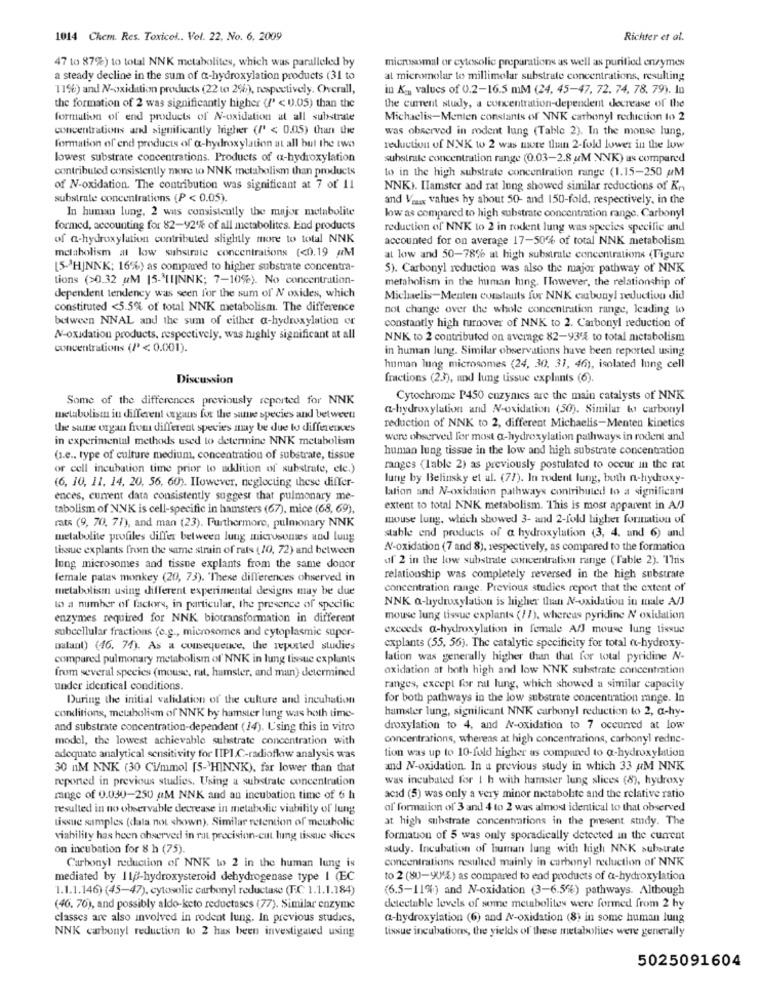
1014 Chem. Res. Toxicol .. Vol. 22, No. 6, 2009
Richter et al.
microsomal or cytosolic preparations as well as purified enzymes
47 to 87%) to total NNK metabolites, which was paralleled by
a steady decline in the sum of a-hydroxylation products (31 to
al micromolar to millimolar substrate concentrations, resulting
11%) and N-oxidation products (22 to 2%), respectively. Overall,
in K __ values of 0.2-16.5 mM (24, 45-47, 72. 74, 78. 79). In
the formation of 2 was significantly higher (/' < 0.05) than the
the current study, a concentration-dependent decrease of the
formation of end products of N-oxidation at all substrate
Michaelis-Menten constants of NNK carbonyl reduction to 2
concentrations and significantly higher (/' < 0.05) than the
was observed in rodent lung (Table 2). In the mouse lung,
formation of end products of a-hydroxylation at all but the two
reduction of NNK to 2 was more than 2-fold lower in the low
lowest substrate concentrations. Products of a-hydroxylation
substrate concentration range (0.03-2.8 uM NNK) as compared
contributed consistently more to NNK metabolism than products
to in the high substrate concentration range (1.15-250 AM
of N-oxidation. The contribution was significant at 7 of 11
NNKI. IIamster and rat lung showed similar reductions of Kn
substrate concentrations (P < 0.05).
and Veux values hy about 50- and 150-fold, respectively. in the
In human lung, 2 was consistently the major metabolite
low as compared to high substrate concentration range. Carbonyl
formed, accounting for 82-92% of all metabolites. End products
reduction of NNK to 2 in rodent lung was species specific and
of a-hydroxylation contributed slightly more to total NNK
accounted for on average 17-50% of total NNK metabolism
metabolism at loww substrate concentrations (<0.19 #M
at low and 50-78% at high substrate concentrations (Figure
[5-3HJNNK; 16%) as compared to higher substrate concentra-
5). Carbonyl reduction was also the major pathway of NNK
tions (>0.32 uM 15-MIIJNNK; 7-10%). No concentration-
metabolism in the human lung. However, the relationship of
dependent tendency was seen for the sum of N oxides, which
Michaelis-Menten constants for NNK cabunyl reduction did
constituted <5.5% of total NNK metabolism. The difference
not change over the whole concentration range, leading to
between NNAL and the sum of either a-hydroxylation or
constantly high turnover of NNK to 2. Carbonyl reduction of
N-oxidation products, respectively, was highly significant at all
NNK to 2 contributed on average 82-93% to total metabolism
concentrations (/' < 0.001).
in human lung. Similar observations have been reported using
human lung microsomes (24, 30, 31, 46), isolated lung cell
Discussion
fractions (23), and lung tissue explants (6).
Some of the differences previously reported for NNK
Cytochrome P450 enzymes are the main catalysts of NNK
a-hydroxylation and N-oxidation (50). Similar to carbonyl
metabolism in different organs for the sune species and between
the same organ from different species may be due to differences
reduction of NNK to 2, different Michaelis-Menten kinetics
in experimental methods used to determine NNK metabolism
were observed for most a-hydroxylation pathways in rodent and
human lung tissue in the low and high substrate concentration
(i.e ., type of culture medium, concentration of substrate, tissue
or cell incubation time prior to addition of substrate, ele.)
ranges (lable 2) as previously postulated to occur in the rat
lung by Belinsky et al. (77). In rodent lung, buth n-hydroxy-
(6, 10, 11, 14, 20, 56, 60). However, neglecting these differ-
lation and N-oxidation pathways contributed to a significant
ences, current data consistently suggest that pulmonary me-
tabolism of NNK is cell-specific in hamsters (67), mice (68, 69),
extent to total NNK metabolism. This is most apparent in A/J
mouse lung, which showed 3- and 2-fold higher formation of
rats (9, 70, 77), and man (23). Furthermore, pulmonary NNK
metabolite profiles differ between lung microsomses and lung
stable end products of a hydroxylation (3, 4. and 6) and
tissue explants from the same strain of rats (10, 72) and between
N-oxidation (7 and 8), respectively, as compared to the formation
uf 2 in the low substrate concentration range (Table 2). This
lung microsomes and tissue explants from the same donor
female patas monkey (20, 73). "These differences observed in
relationship was completely reversed in the high substrate
metabolism using different experimental designs may be due
concentration range. Previous studies report that the extent of
NNK a-hydroxylation is higher than N-oxidation in male A/J
to a number of factors, in particular, the presence of specific
enzymes required for NNK biotransformation in different
mouse lung tissue explants (//), whereas pyridine N oxidation
excoeds a-hydroxylation in female Af mouse lung tissue
subcellular fractions (e.g ., microsomes and cytoplasmic super-
Datant) (16. 74). As a consequence, the reported studies
explants (55, 56). The catalytic specificity for total «-hydroxy-
compared pulmonary metabolism of NNK in lung tissue explants
lation was generally higher than that for total pyridine N-
from several species (mouse, rat, hamster, and man) determined
oxidation at both high and low NNK substrate concentration
under identical conditions.
ranges, except for ral lung, which showed a similar capacity
During the initial validation of the culture and incubation
for both pathways in the low substrate concentration mange. In
hamster lung, significant NNK carbonyl reduction to 2, a-hy-
conditions, metabolism of NNK by hamster lung was hoth time-
and substrate concentration-dependent (14). Using this in vitro
droxylation to 4, and N-oxidation to 7 occurred at low
model, the lowest achievable substrate concentration with
concentrations, whereas at high concentrations, carbonyl redne-
tion was up to 10-fold higher as compared to a-hydroxylation
adequate analytical sensitivity for IIPIC-radioflow analysis was
30 nM NNK (30 Ci/mmol [5->HINNK), far lower than that
and N-oxidation. In a previous study in which 33 AM NNK
reported in previous studies, Using a substrate concentration
was incubated for 1 h with hamster lung slices (8), hydroxy
mange of 0.030-250 M NNK and an incubation time of 6 h
acid (5) was only a very minor metabolite and the relative ratio
resulted in no observable decrease in metabolic viability of lung
of' formation of 3 and 4 to 2 was almost identical to that observed
tissue samples (dala not shown). Similar retention of metaholic
at high substrate concentrations in the present study. The
viability has heen ohserved in rat precision-cut lung tissue slices
formation of 5 was only sporadically detected in the current
on incubation for 8 h (75).
study. Incubation of human lung with high NNK substrate
concentrations resulted mainly in carbonyl reduction of NNK
Carbonyl reduction of NNK to 2 in the human lung is
mediated by 1lp-hydroxysteroid dehydrogenase type I (EC
to 2 (80-9UE) as compared to end products of a-hydroxylation
1.1.1.146) (45-47), cytosolie carbonyl reductase (T.C. 1.1.1.184)
(6.5-11%) and N-oxidation (3-6.5%) pathways. Although
(46. 70), and possibly aldo-keto reductases (77). Similar enzyme
detectable levels of some metabolites were formed from 2 hy
classes are also involved in rodent lung. In previous studies,
a-hydroxylation (6) and N-oxidation (8) in some human lung
tissue incubations, the yields of these metabolites were generally
NNK carbonyl reduction to 2 has been investigated using
5025091604